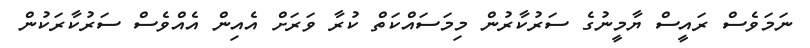
ނަމަވެސް ރައީސް ޔާމީނުގެ ސަރުކާރުން މިމަސައްކަތް ކުރާ ވަރަށް އެއިން އެއްވެސް ސަރުކާރަކުން